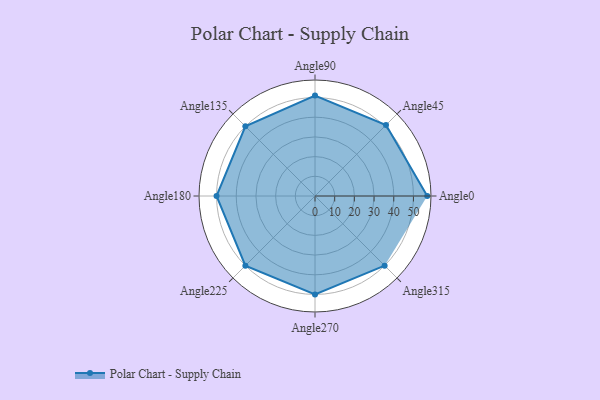
{"axis": {"x": "Angle", "y": "Radius"}, "legend": [""], "data": [{"x": "Angle0", "y": 57.0, "type": ""}, {"x": "Angle45", "y": 51.0, "type": ""}, {"x": "Angle90", "y": 51.0, "type": ""}, {"x": "Angle135", "y": 50, "type": ""}, {"x": "Angle180", "y": 50, "type": ""}, {"x": "Angle225", "y": 50.0, "type": ""}, {"x": "Angle270", "y": 50, "type": ""}, {"x": "Angle315", "y": 50, "type": ""}]}